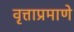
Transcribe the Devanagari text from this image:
वृत्ताप्रमाणे